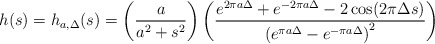
\begin{align*} h(s)=h_{a,\Delta}(s)=\left(\dfrac{a}{a^2+s^2}\right)\left(\dfrac{e^{2\pi a\Delta}+e^{-2\pi a\Delta}-2\cos(2\pi\Delta s)}{\left(e^{\pi a\Delta}-e^{-\pi a\Delta}\right)^2}\right)\end{align*}